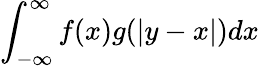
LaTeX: \int_{-\infty}^{\infty}f(x)g(|y-x|)dx